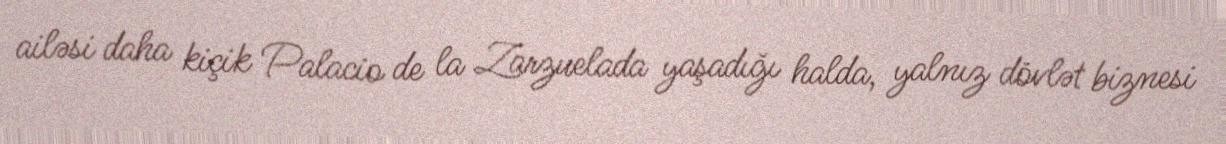
ailəsi daha kiçik Palacio de la Zarzuelada yaşadığı halda, yalnız dövlət biznesi